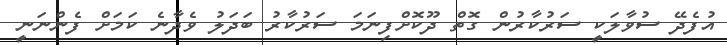
އުފެދޭ ސުވާލަކީ ސަރުކާރުން ގޮތް ދޫކޮށްފިނަމަ ސަރުކާރު ބަދަލު ވެދާނެ ކަމަށް ފެންނަނީ